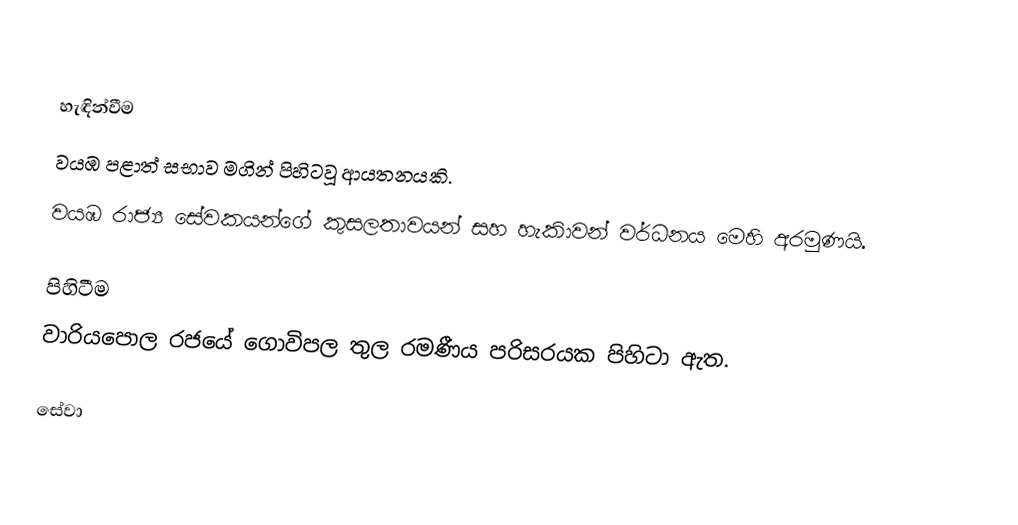

හැඳින්වීම
වයඹ පළාත් සභාව මගින් පිහිටවූ ආයතනයකි.
වයඹ රාජ්‍ය සේවකයන්ගේ කුසලතාවයන් සහ හැකිාවන් වර්ධනය මෙහි අරමුණයි.

පිහිටීම
වාරියපොල රජයේ ගොවිපල තුල රමණීය පරිසරයක පිහිටා ඇත.

සේවා